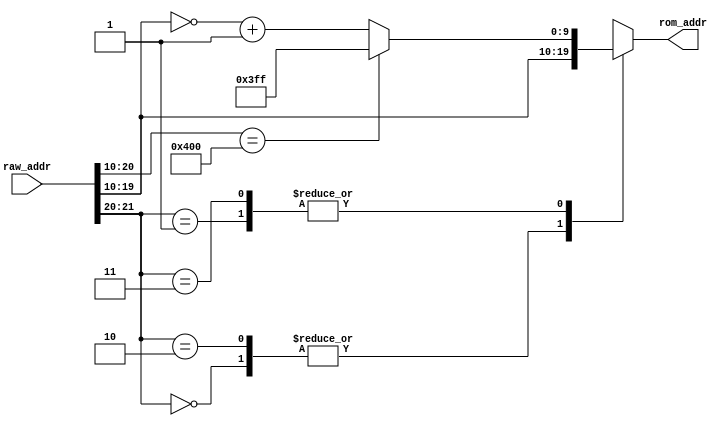
module address(raw_addr,rom_addr);
 input wire [21:0] raw_addr; 
 output reg [9:0] rom_addr; 
 always@(*) 
 begin  
  case(raw_addr[21:20])  2'b00:rom_addr<=raw_addr[19:10]; 2'b01:  if(raw_addr[20:10]==1024) rom_addr<=1023;
   else rom_addr<=(~raw_addr[19:10]+1); 2'b10:rom_addr<=raw_addr[19:10]; 2'b11:  if(raw_addr[20:10]==1024) rom_addr<=1023;
   else rom_addr<=(~raw_addr[19:10]+1); default:rom_addr<=10'b0; 
  endcase 
 end  
endmodule